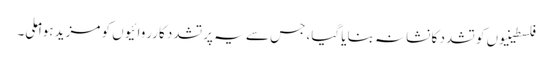
فلسطینیوں کو تشدد کا نشانہ بنایا گیا، جس سے یہ پرتشدد کارروائیوں کو مزید ہوا ملی۔